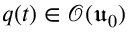
q ( t ) \in \mathcal { O } ( \mathfrak { u } _ { 0 } )